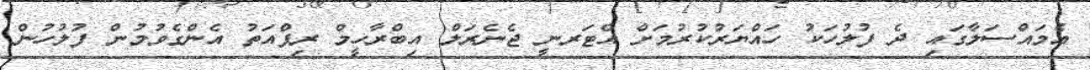
އެމައްސަލާގައި ދެ ފުލުހަކު ހައްޔަރުކުރުމަށް އެޓަރނީ ޖެނެރަލް އިބްރާހީމް ރިފްއަތު އެންގެވުމުން ފުލުހުން